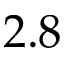
2 . 8